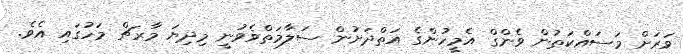
ވަރަށް މަސައްކަތުން ވެންގް އެމީހުންގެ އަތްދަށުން ސަލާމަތްވެވުނީ މިދިޔަ މާރޗް މަހުގައި އެވެ.